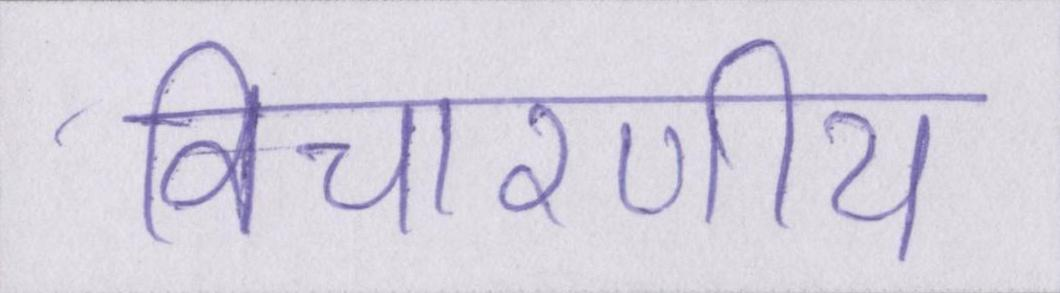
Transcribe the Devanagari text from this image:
विचारणीय